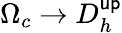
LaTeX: \Omega_{c}\to D_{h}^{\mathsf{up}}